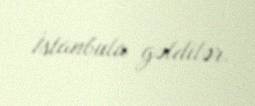
İstanbula gəldilər.